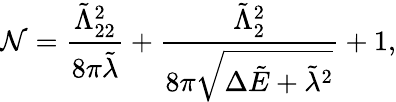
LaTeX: \mathcal{N}=\frac{\tilde{\Lambda}_{22}^{2}}{8\pi\tilde{\lambda}}+\frac{\tilde{\Lambda}_{2}^{2}}{8\pi\sqrt{\Delta\tilde{E}+\tilde{\lambda}^{2}}}+1,